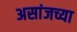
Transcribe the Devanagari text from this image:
असांजच्या